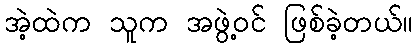
အဲ့ထဲက သူက အဖွဲ့ဝင် ဖြစ်ခဲ့တယ်။